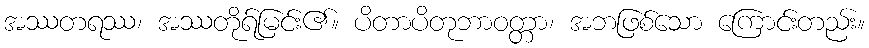
အဿတရဿ၊ အဿတိုရ်မြင်း၏။ ပိတာပိတုဘာဝတ္တာ၊ အဘဖြစ်သော ကြောင်းတည်း။